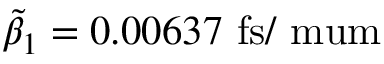
\tilde { \beta } _ { 1 } = 0 . 0 0 6 3 7 ~ \mathrm { f s / \ m u m }